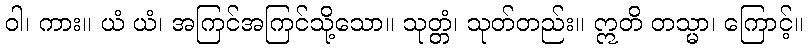
ဝါ၊ ကား။ ယံ ယံ၊ အကြင်အကြင်သို့သော။ သုတ္တံ၊ သုတ်တည်း။ ဣတိ တသ္မာ၊ ကြောင့်။